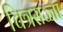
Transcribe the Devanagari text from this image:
चित्रसज्जा